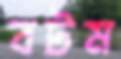
বটম